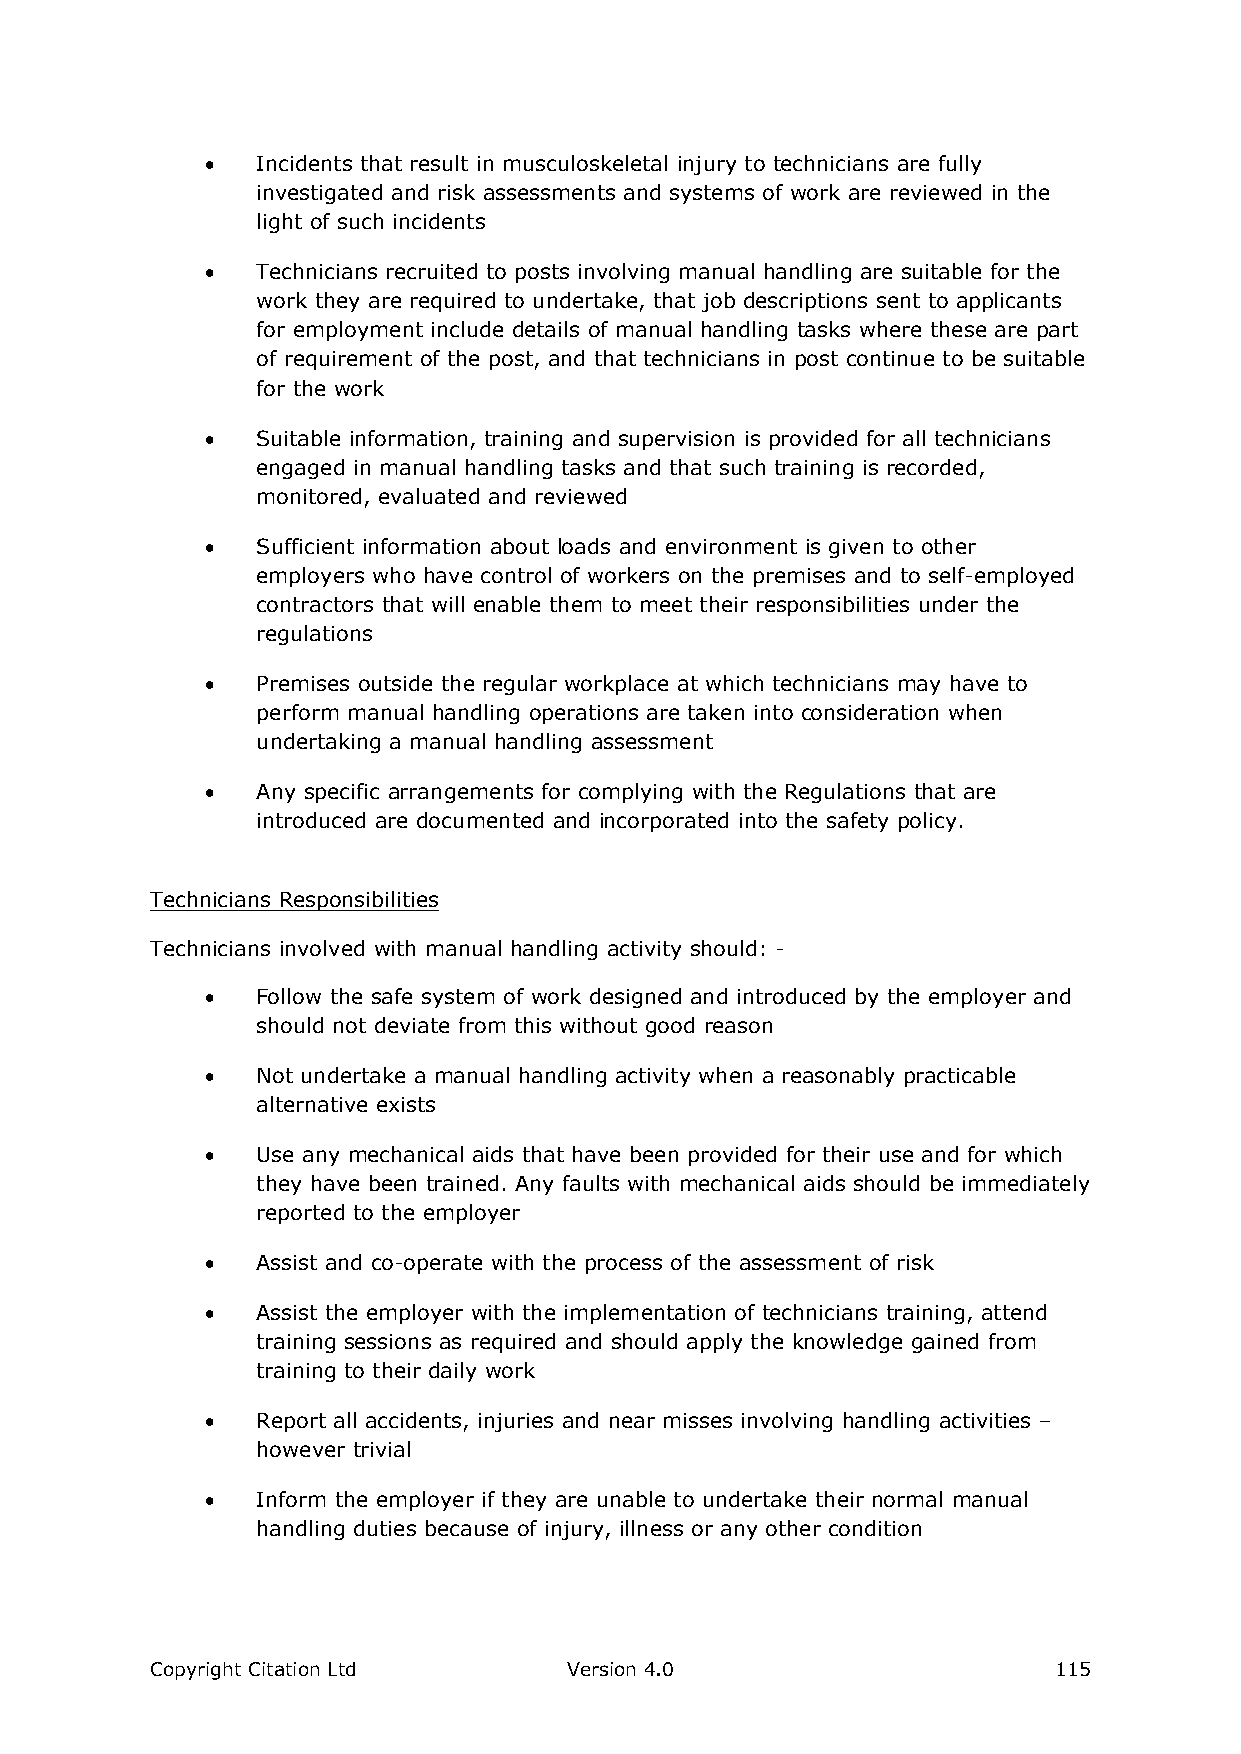
  Incidents that result in musculoskeletal injury to technicians are fully
 investigated and risk assessments and systems of work are reviewed in the
 light of such incidents
   Technicians recruited to posts involving manual handling are suitable for the
 work they are required to undertake, that job descriptions sent to applicants
 for employment include details of manual handling tasks where these are part
 of requirement of the post, and that technicians in post continue to be suitable
 for the work
   Suitable information, training and supervision is provided for all technicians
 engaged in manual handling tasks and that such training is recorded,
 monitored, evaluated and reviewed
   Sufficient information about loads and environment is given to other
 employers who have control of workers on the premises and to self-employed
 contractors that will enable them to meet their responsibilities under the
 regulations
   Premises outside the regular workplace at which technicians may have to
 perform manual handling operations are taken into consideration when
 undertaking a manual handling assessment
   Any specific arrangements for complying with the Regulations that are
 introduced are documented and incorporated into the safety policy.
 Technicians Responsibilities
 Technicians involved with manual handling activity should: -
   Follow the safe system of work designed and introduced by the employer and
 should not deviate from this without good reason
   Not undertake a manual handling activity when a reasonably practicable
 alternative exists
   Use any mechanical aids that have been provided for their use and for which
 they have been trained. Any faults with mechanical aids should be immediately
 reported to the employer
   Assist and co-operate with the process of the assessment of risk
   Assist the employer with the implementation of technicians training, attend
 training sessions as required and should apply the knowledge gained from
 training to their daily work
   Report all accidents, injuries and near misses involving handling activities –
 however trivial
   Inform the employer if they are unable to undertake their normal manual
 handling duties because of injury, illness or any other condition
 Copyright Citation Ltd      Version 4.0                     115